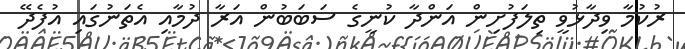
ރުކުމާ ވިދާޅުވީ ތިލަފުށިން އަންދާ ކުނީގެ ސަބަބުން އަރާ ދުމާއި އެތަނުގައި އުފެދޭ